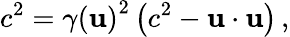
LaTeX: c^{2}={\gamma(\mathbf{u})}^{2}\left(c^{2}-\mathbf{u}\cdot\mathbf{u}\right)\, ,